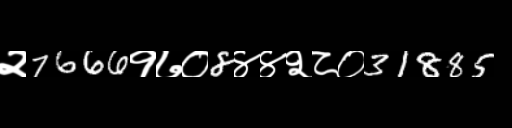
Text: २7666१७०8४४२८०31885